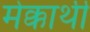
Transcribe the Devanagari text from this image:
मेक्कार्थी